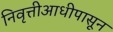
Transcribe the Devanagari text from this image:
निवृत्तीआधीपासून